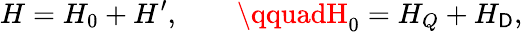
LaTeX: H=H_{0}+H^{\prime},\qquad\qquadH_{0}=H_{Q}+H_{\mathsf{D}},